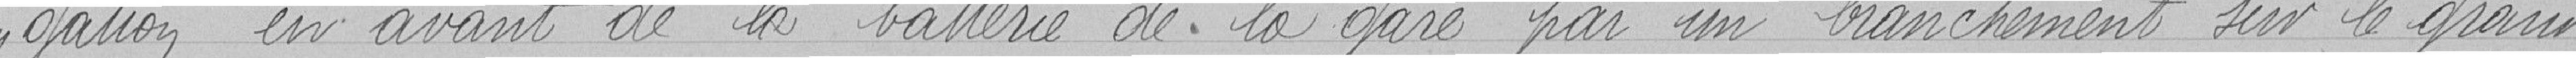
gation en avant de la batterie de la gare par un branchment sur le grand